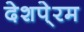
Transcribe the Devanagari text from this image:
देशपे्रम